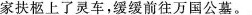
家扶框上了灵车，缓缓前往万国公墓。